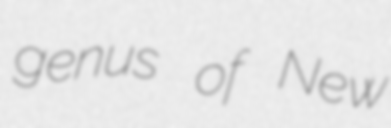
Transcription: genus of New